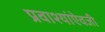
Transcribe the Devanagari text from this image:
प्रवाश्यांऐवजी